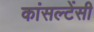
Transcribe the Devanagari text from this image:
कांसल्टेंसी